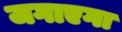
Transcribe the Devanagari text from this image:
जगाएगा